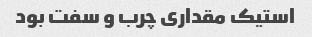
استیک مقداری چرب و سفت بود